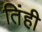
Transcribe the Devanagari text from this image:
तिंही